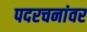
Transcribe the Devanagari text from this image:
पदरचनांवर